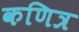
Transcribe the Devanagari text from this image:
कणित्र